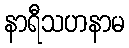
နာရီသဟနာမ